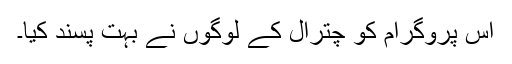
اس پروگرام کو چترال کے لوگوں نے بہت پسند کیا۔